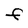
Character: F